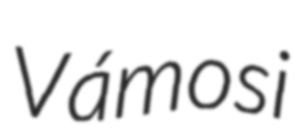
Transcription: Vámosi